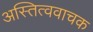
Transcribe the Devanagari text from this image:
अस्तित्ववाचक